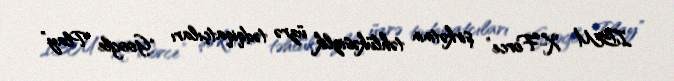
IBM X-Force” şirkətinin təhlükəsizlik üzrə tədqiqatçıları "Google Play”